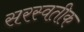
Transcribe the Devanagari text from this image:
सरस्वतीक